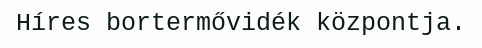
Híres bortermővidék központja.